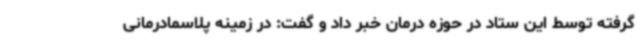
گرفته توسط این ستاد در حوزه درمان خبر داد و گفت: در زمینه پلاسمادرمانی